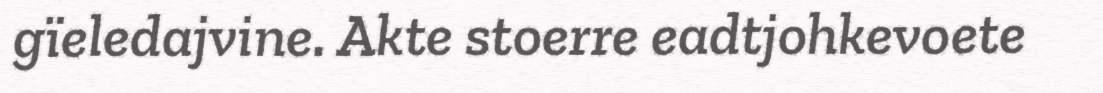
gïeledajvine. Akte stoerre eadtjohkevoete